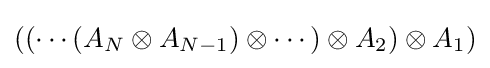
((\cdots (A_{N}\otimes A_{N-1})\otimes \cdots )\otimes A_{2})\otimes A_{1})